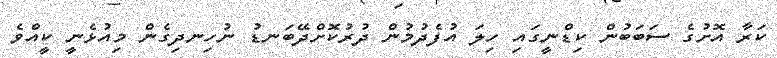
ކަރާ އޮށުގެ ސަބަބުން ކިޑްނީގައި ހިލަ އުފެދުމުން ދުރުކޮށްދޭބަނޑު ނުހިނދިގެން މިއުޅެނީ ކީއްވެ